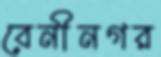
বেনীনগর